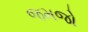
જમજો